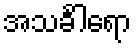
အသင်္ခါရော